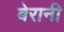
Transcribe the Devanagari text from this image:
बेरानी